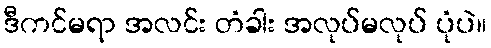
ဒီကင်မရာ အလင်း တံခါး အလုပ်မလုပ် ပုံပဲ။